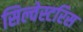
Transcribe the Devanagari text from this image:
सिल्वेस्टरिस